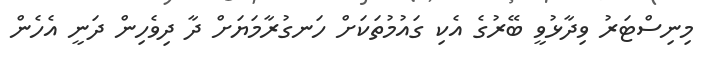
މިނިސްޓަރު ވިދާޅުވީ ބޭރުގެ އެކި ގައުމުތަކަށް ހަނގުރާމަޔަށް ދާ ދިވެހިން ދަނީ އެހެން